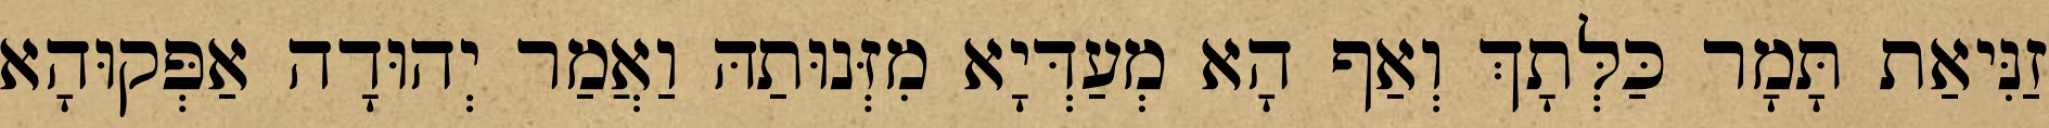
זַנִּיאַת תָּמָר כַּלְּתָךְ וְאַף הָא מְעַדְּיָא מִזְּנוּתַהּ וַאֲמַר יְהוּדָה אַפְּקוּהָא